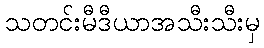
သတင်းမီဒီယာအသီးသီးမှ